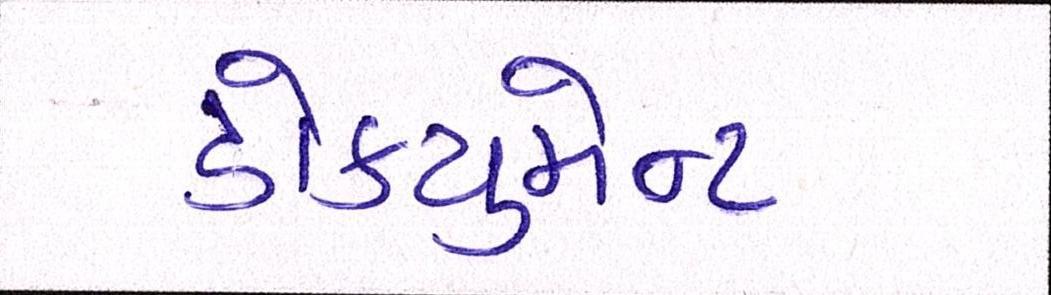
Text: ડોક્યુમેન્ટ